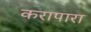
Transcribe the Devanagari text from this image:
करापारा